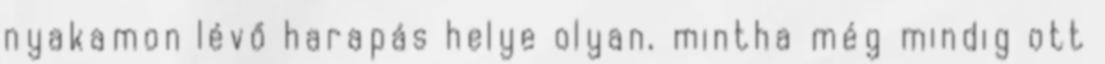
nyakamon lévő harapás helye olyan, mintha még mindig ott